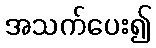
အသက်ပေး၍